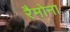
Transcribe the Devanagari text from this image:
रैमोना